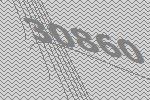
30860